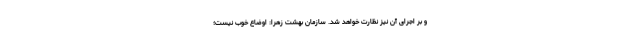
و بر اجرای آن نیز نظارت خواهد شد. سازمان بهشت زهرا: اوضاع خوب نیست؛